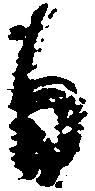
日